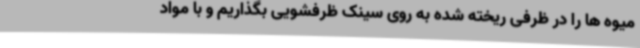
میوه ها را در ظرفی ریخته شده به روی سینک ظرفشویی بگذاریم و با مواد